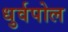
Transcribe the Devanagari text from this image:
धुर्वपोल